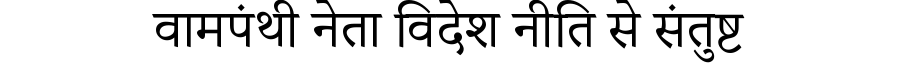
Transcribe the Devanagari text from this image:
वामपंथी नेता विदेश नीति से संतुष्ट